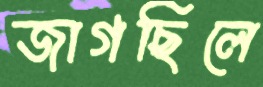
জাগছিলে